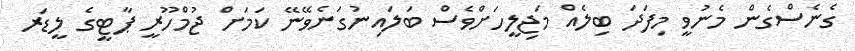
ގެނެސްގެން މެނުވީ މިފަދަ ބިލެއް މަޖިލީހަށްވެސް ބަލައިނުގަނެވޭނޭ ކަމަށް ޖުމްހޫރީ ޕާޓީގެ ލީޑަރ